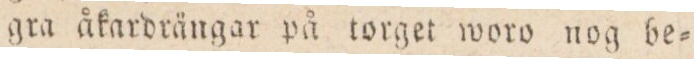
gra åkardrängar på torget woro nog be=